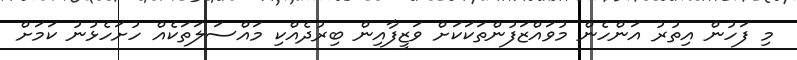
މި ފަހުން އިތުރު އަންހެން މުވައްޒަފުންތަކަކަށް ވަޒީފާއިން ބިރުދެއްކި މައްސަލަތަކެއް ހުށަހެޅުނު ކަމަށް